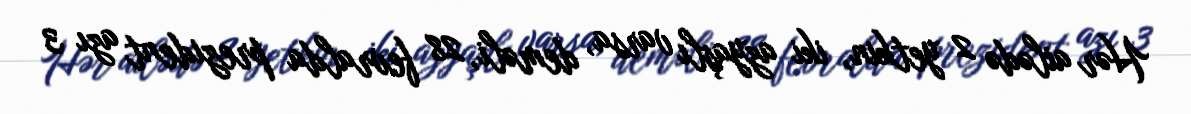
Hər ailədə 2 yetkin, iki azyaşlı varsa, deməli, 28 fevralda prezident azı 3